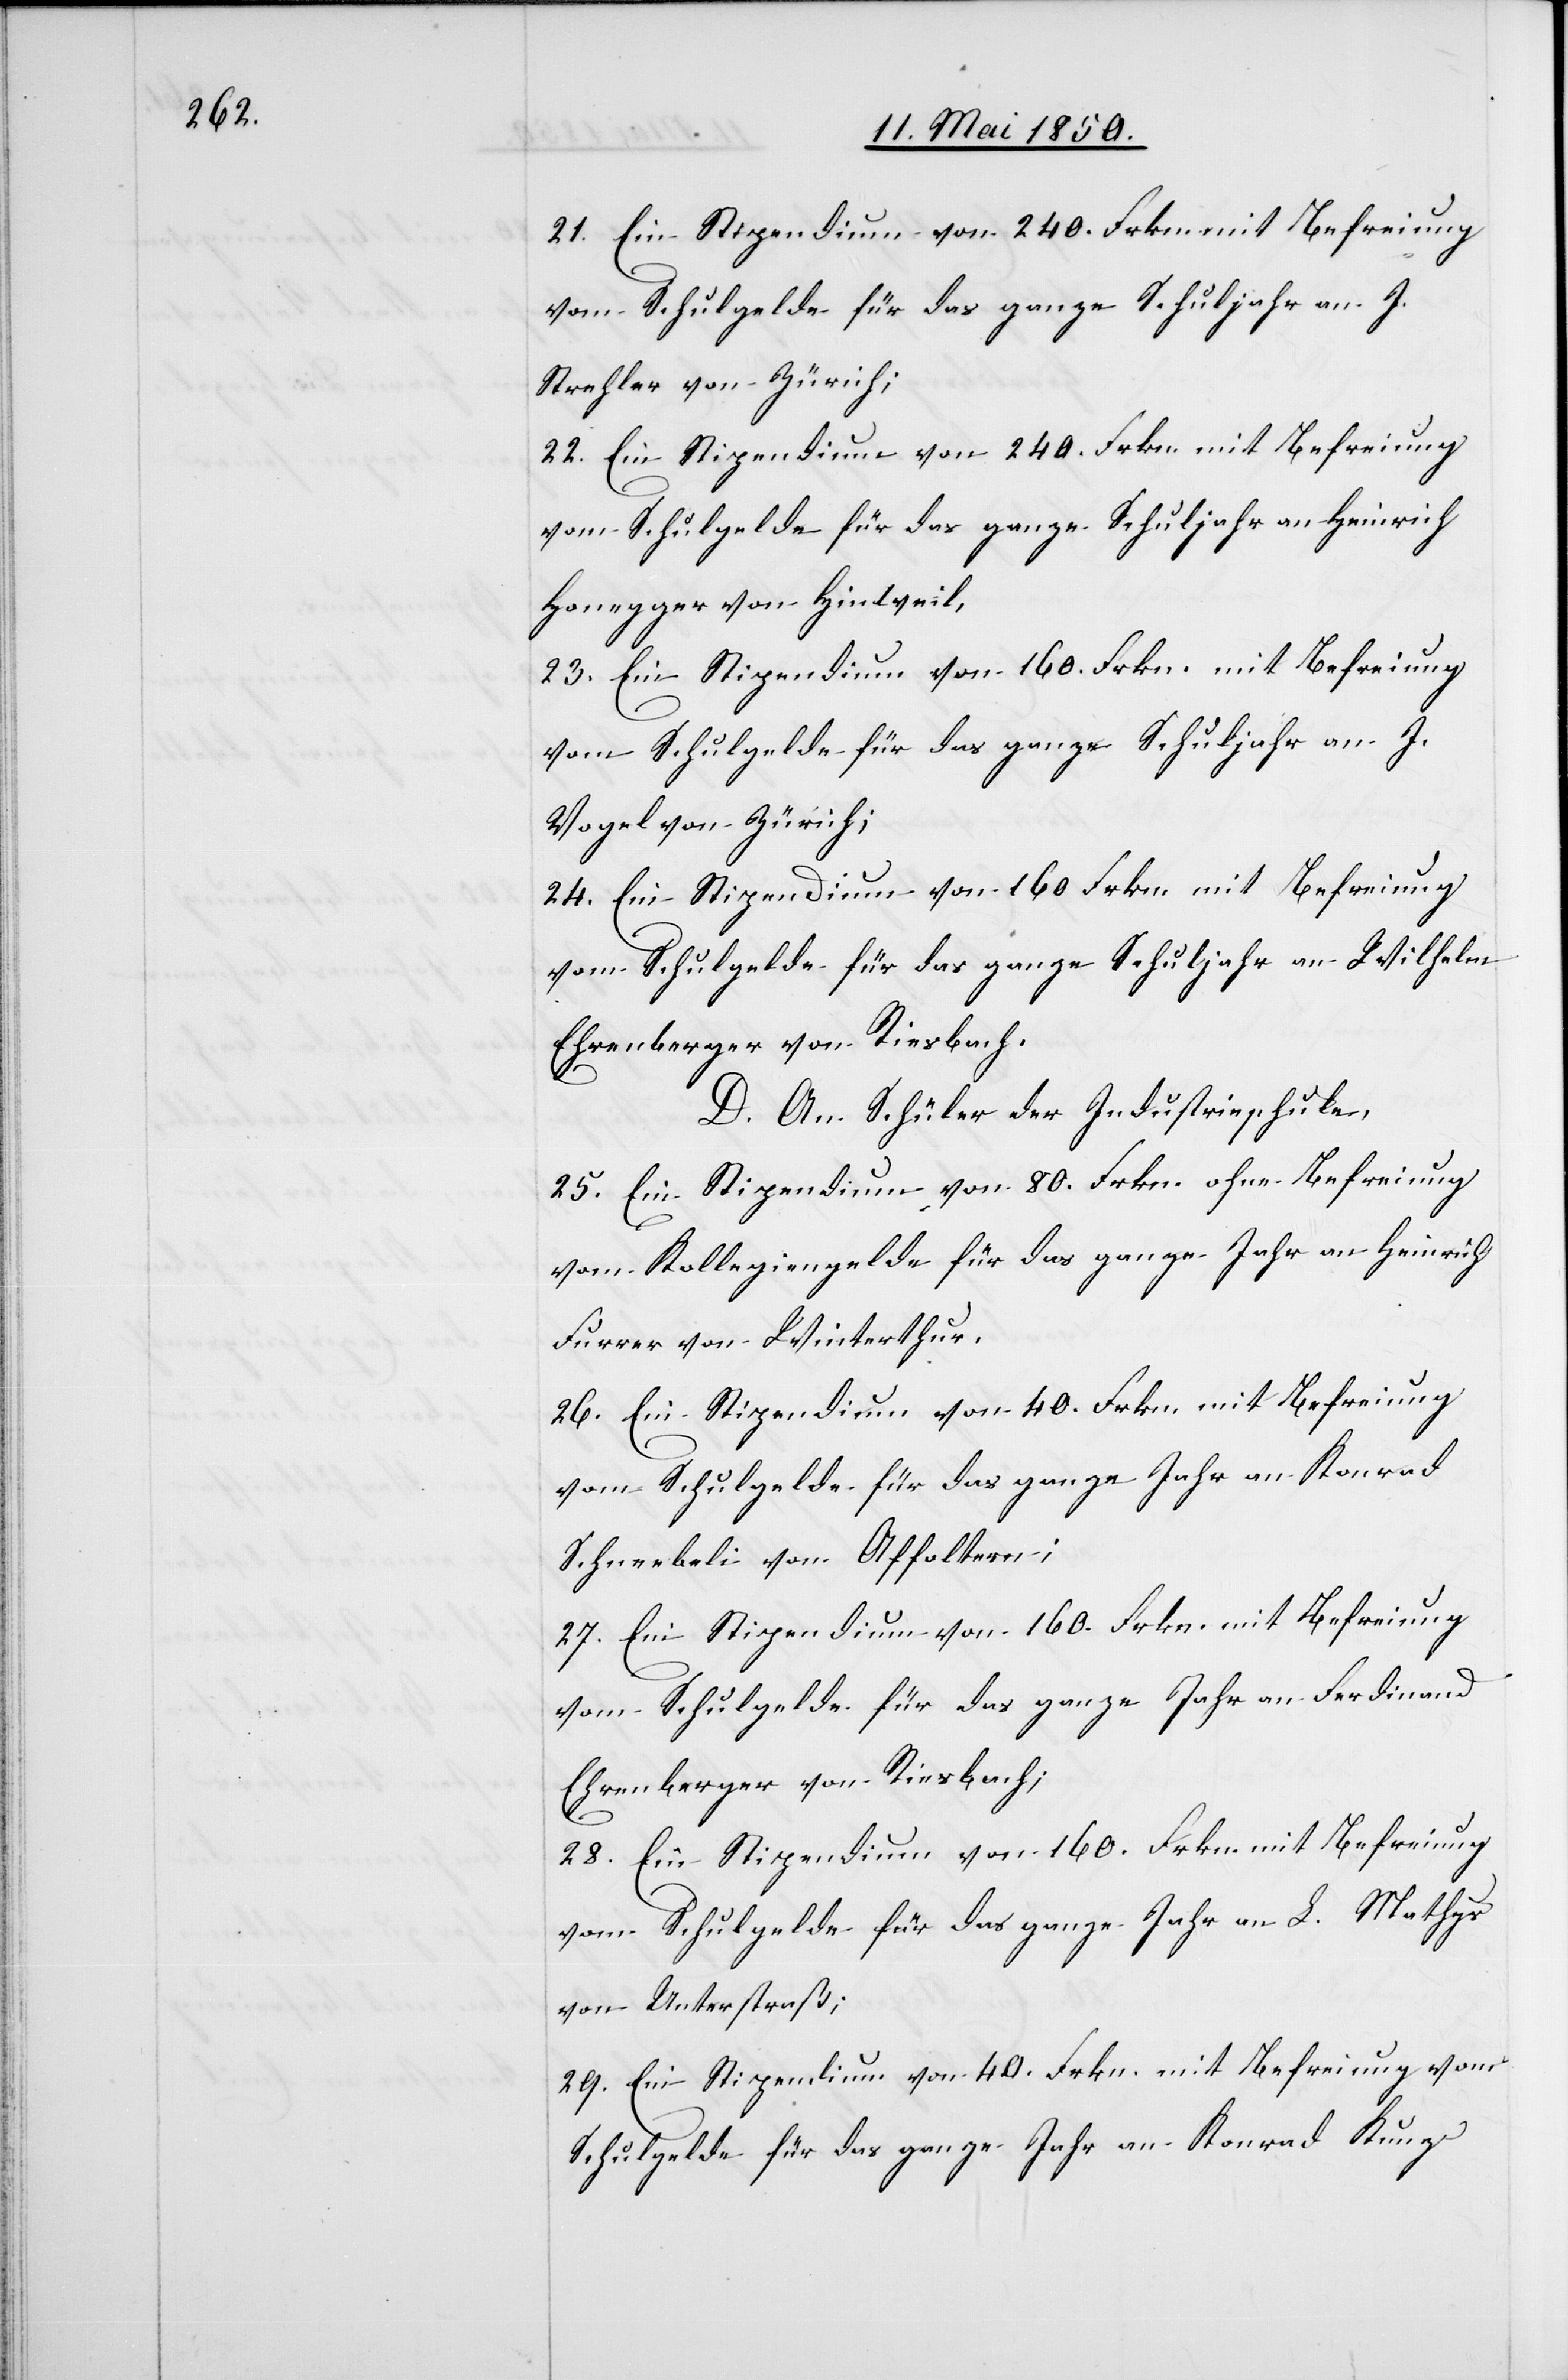
21. Ein Stipendium von 240. Frkn. mit Befreiung
vom Schulgelde für das ganze Schuljahr an J.
Strehler von Zürich;
22. Ein Stipendium von 240. Frkn. mit Befreiung
vom Schulgelde für das ganze Schuljahr an Heinrich
Honegger von Hinweil,
23. Ein Stipendium von 160. Frkn. mit Befreiung
vom Schulgelde für das ganze Schuljahr an J.
Vogel von Zürich;
24. Ein Stipendium von 160. Frkn. mit Befreiung
vom Schulgelde für das ganze Schuljahr an Wilhelm
Ehrenberger von Riesbach.
D. An Schüler der Industrieschule.
25. Ein Stipendium von 80. Frkn. ohne Befreiung
vom Kollegiengelde für das ganze Jahr an Heinrich
Furrer von Winterthur.
26. Ein Stipendium von 40. Frkn. mit Befreiung
vom Schulgelde für das ganze Jahr an Konrad
Schnebeli von Affoltern;
27. Ein Stipendium von 160. Frkn. mit Befreiung
vom Schulgelde für das ganze Jahr an Ferdinand
Ehrenberger von Riesbach;
28. Ein Stipendium von 160. Frkn. mit Befreiung
vom Schulgelde für das ganze Jahr an L. Mathys
von Unterstraß;
29. Ein Stipendium von 40. Frkn. mit Befreiung vom
Schulgelde für das ganze Jahr an Konrad Kunz